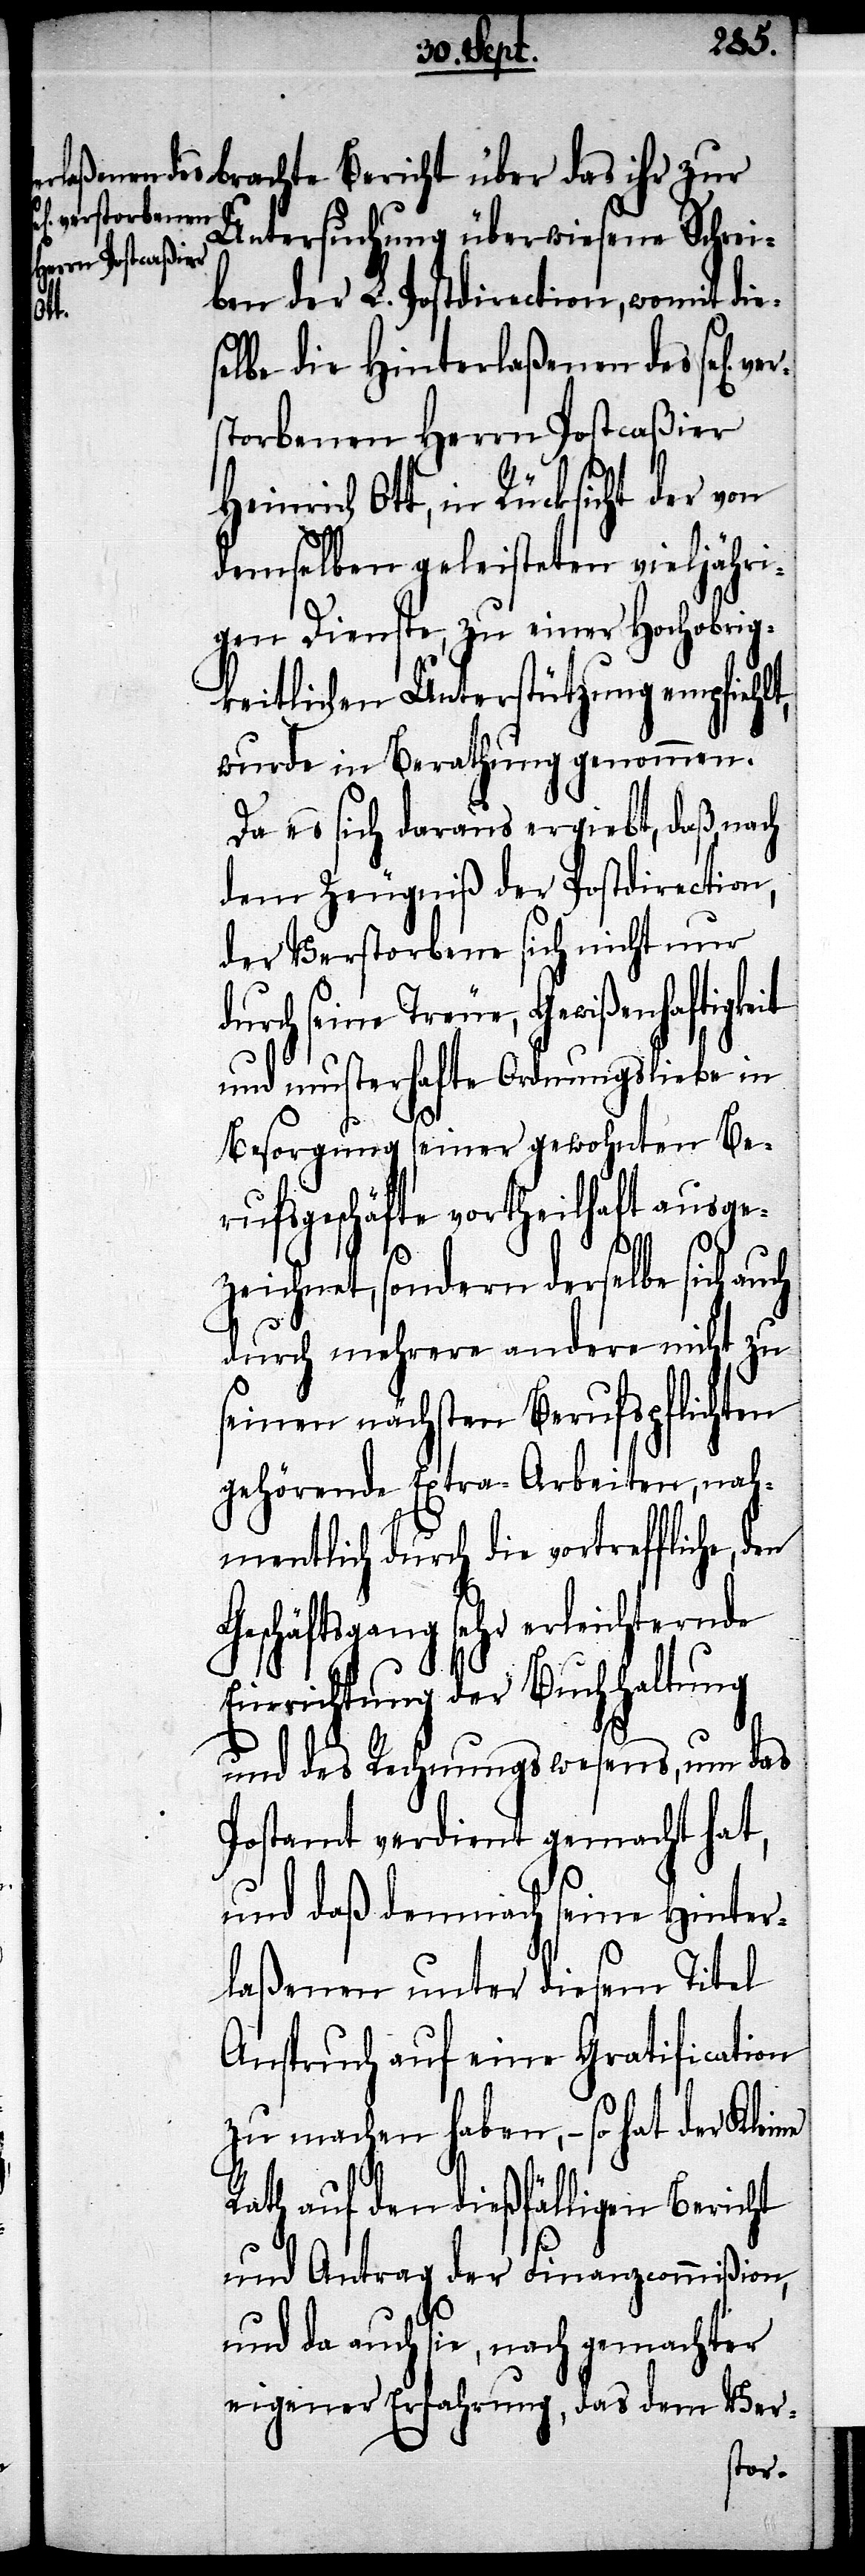
brachte Bericht über das ihr zur
Untersuchung überwiesene Schrei¬
ben der L. Postdirection, womit die¬
G¬
selbe die Hinterlaßenen des sel[ig]
storbenen Herrn Postcaßier
Heinrich Ott, in Rücksicht der von
demselben geleisteten vieljähri¬
gen Dienste, zu einer Hochobrig¬
keitlichen Unterstützung empfiehlt,
wurde in Berathung genommen.
Da es sich daraus ergiebt, daß nach
dem Zeugniß der Postdirection,
der Verstorbene sich nicht nur
durch seine Treue, Gewißenhaftigkeit
und musterhafte Ordnungsliebe in
Besorgung seiner gewohnten Be¬
rufsgeschäfte vortheilhaft ausge¬
zeichnet, sondern derselbe sich
durch mehrere andere nicht zu
seinen nächsten Berufspflichten
gehörende Extra-Arbeiten, nah¬
mentlich durch die vortreffliche,
eschäftsgang sehr erleichternde
Einrichtung der Buchhaltung
und des Rechnungswesens, um das
Postamt verdient gemacht hat,
und daß demnach seine Hinter¬
laßenen unter diesem Titel
Anspruch auf eine Gratification
zu machen haben, – so hat der Kleine
Rath auf den dießfälligen Bericht
und Antrag der Finanzcommißion,
und da auch sie, nach gemachter
eigener Erfahrung, das dem Ver-